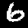
Label: 6